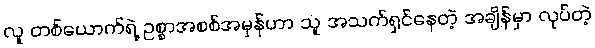
လူ တစ်ယောက်ရဲ့ ဥစ္စာအစစ်အမှန်ဟာ သူ အသက်ရှင်နေတဲ့ အချိန်မှာ လုပ်တဲ့